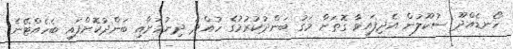
ހޯނޑެއްދޫ ސުކޫލުން އެދިފައިވާ ގޮތަށް މަގު ބަންދުކުރުމުގެ ހުއްދަ ދިނުމަށާއި ބަންދުކޮށްފައި ބެހެއްޓޭނެ